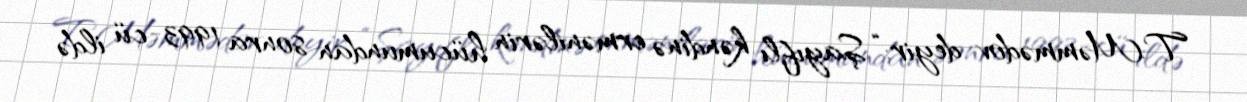
T.Məmmədov deyir: “Şayıflı kəndinə ermənilərin hücumundan sonra 1993-cü ildə